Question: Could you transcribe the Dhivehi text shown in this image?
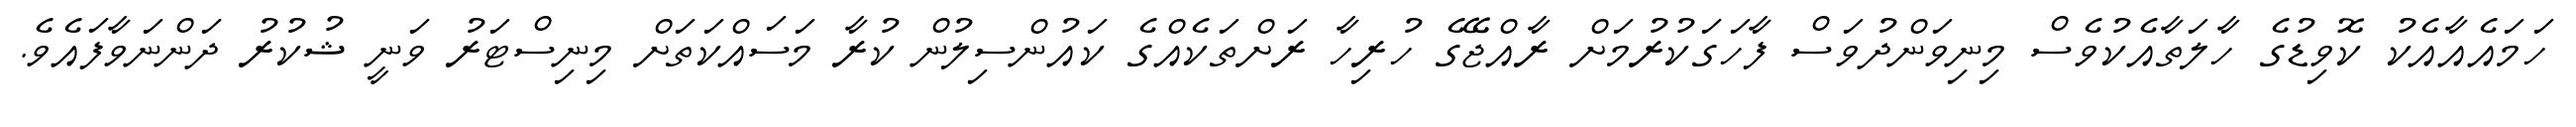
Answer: ހަމައެއާއެކު ކޮވިޑުގެ ހާލަތާއެކުވެސް މިނިވަންދުވަސް ފާހަގަކުރުމަށް ރާއްޖޭގެ ހުރިހާ ރަށްތަކެއްގެ ކައުންސިލުން ކުރާ މަސައްކަތަށް މިނިސްޓަރު ވަނީ ޝުކުރު ދަންނަވާފައެވެ.